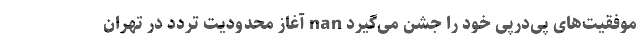
موفقیت‌های پی‌در‌پی خود را جشن می‌گیرد nan آغاز محدودیت تردد در تهران